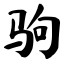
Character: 驹